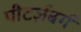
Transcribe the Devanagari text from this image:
पीटर्ज़बर्ग